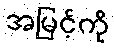
အမြင့်ကို